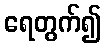
ရေတွက်၍